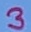
Text: 3